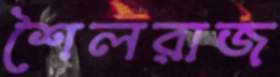
শৈলরাজ